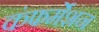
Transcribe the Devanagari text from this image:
कंफर्मेशन